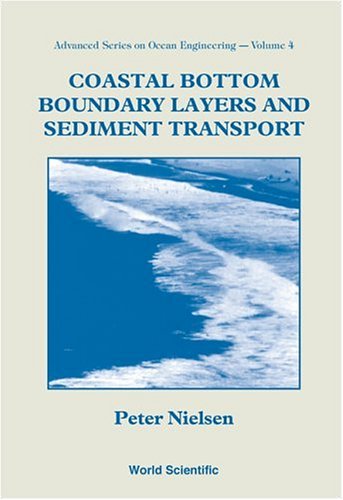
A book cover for Coastal Bottom Boundary Layers and Sediment Transport (Advanced Series on Ocean Engineering); Peter Nielsen; Engineering & Transportation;